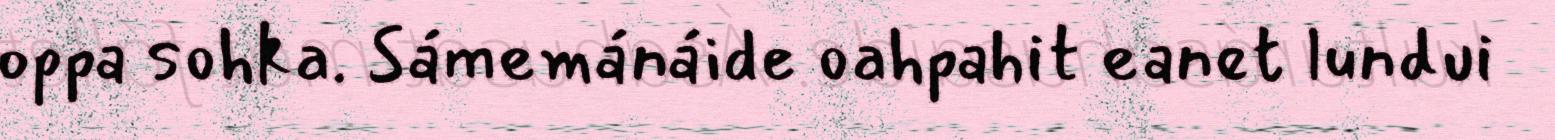
oppa sohka. Sámemánáide oahpahit eanet lundui